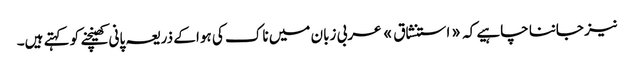
نیز جاننا چاہیے کہ «استنشاق» عربی زبان میں ناک کی ہوا کے ذریعہ پانی کھینچنے کو کہتے ہیں۔